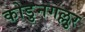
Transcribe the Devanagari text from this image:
कोडुनगल्लुर